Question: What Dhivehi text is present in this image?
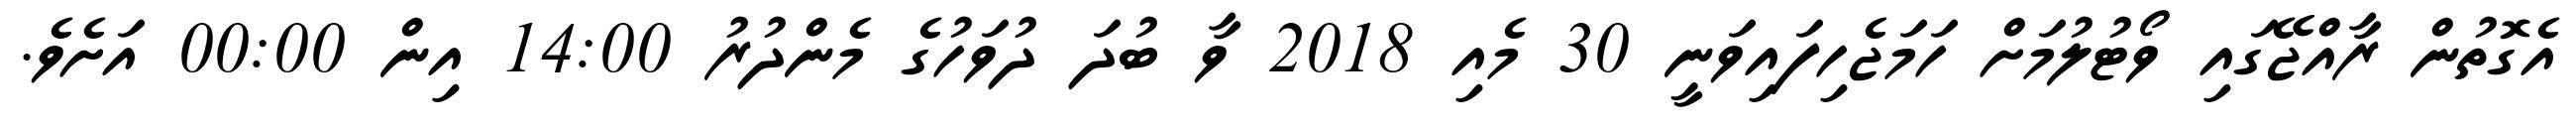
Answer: އެގޮތުން ރާއްޖޭގައި ވޯޓުލުމަށް ހަމަޖެހިފައިވަނީ 30 މެއި 2018 ވާ ބުދަ ދުވަހުގެ މެންދުރު 14:00 އިން 00:00 އަށެވެ.